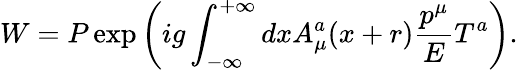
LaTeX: W=P\exp\left(ig\int_{-\infty}^{+\infty}dxA_{\mu}^{a}(x+r)\frac{p^{\mu}}{E}T^{a}\right).